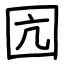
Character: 囥